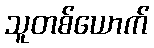
သူတစ်ယောက်